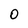
Character: 0